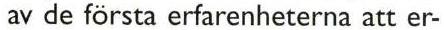
av de första erfarenheterna att er-